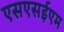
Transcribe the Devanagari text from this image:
एसएसईएम